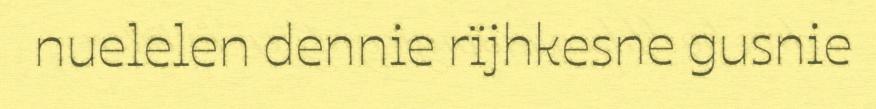
nuelelen dennie rïjhkesne gusnie